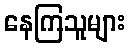
နေကြသူများ